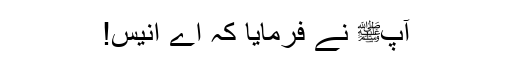
آپﷺ نے فرمایا کہ اے انیس!